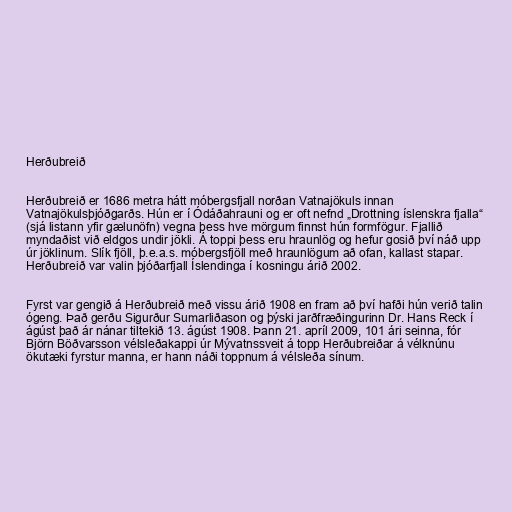
Herðubreið

Herðubreið er 1686 metra hátt móbergsfjall norðan Vatnajökuls innan
Vatnajökulsþjóðgarðs. Hún er í Ódáðahrauni og er oft nefnd „Drottning íslenskra fjalla“
(sjá listann yfir gælunöfn) vegna þess hve mörgum finnst hún formfögur. Fjallið
myndaðist við eldgos undir jökli. Á toppi þess eru hraunlög og hefur gosið því náð upp
úr jöklinum. Slík fjöll, þ.e.a.s. móbergsfjöll með hraunlögum að ofan, kallast stapar.
Herðubreið var valin þjóðarfjall Íslendinga í kosningu árið 2002.

Fyrst var gengið á Herðubreið með vissu árið 1908 en fram að því hafði hún verið talin
ógeng. Það gerðu Sigurður Sumarliðason og þýski jarðfræðingurinn Dr. Hans Reck í
ágúst það ár nánar tiltekið 13. ágúst 1908. Þann 21. apríl 2009, 101 ári seinna, fór
Björn Böðvarsson vélsleðakappi úr Mývatnssveit á topp Herðubreiðar á vélknúnu
ökutæki fyrstur manna, er hann náði toppnum á vélsleða sínum.